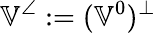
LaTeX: \mathbb{V}^{\angle}:=(\mathbb{V}^{0})^{\perp}